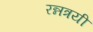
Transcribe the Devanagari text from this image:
रन्नत्रयी